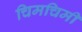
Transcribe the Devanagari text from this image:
चिमचिमी